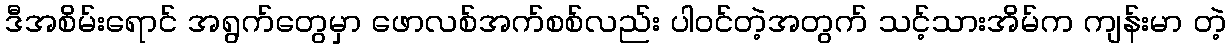
ဒီအစိမ်းရောင် အရွက်တွေမှာ ဖောလစ်အက်စစ်လည်း ပါဝင်တဲ့အတွက် သင့်သားအိမ်က ကျန်းမာ တဲ့